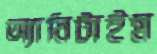
অ্যানিটাইম